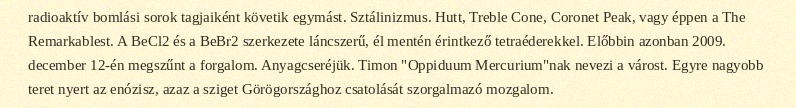
radioaktív bomlási sorok tagjaiként követik egymást. Sztálinizmus. Hutt, Treble Cone, Coronet Peak, vagy éppen a The Remarkablest. A BeCl2 és a BeBr2 szerkezete láncszerű, él mentén érintkező tetraéderekkel. Előbbin azonban 2009. december 12-én megszűnt a forgalom. Anyagcseréjük. Timon "Oppiduum Mercurium"nak nevezi a várost. Egyre nagyobb teret nyert az enózisz, azaz a sziget Görögországhoz csatolását szorgalmazó mozgalom.